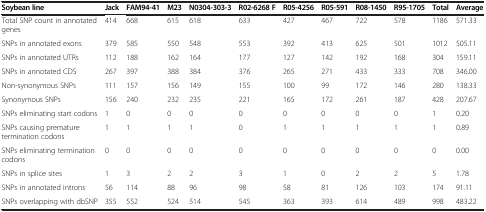
<table><thead><tr><td><b>Soybean line</b></td><td><b>Jack</b></td><td><b>FAM94-41</b></td><td><b>M23</b></td><td><b>N0304-303-3</b></td><td><b>R02-6268 F</b></td><td><b>R05-4256</b></td><td><b>R05-591</b></td><td><b>R08-1450</b></td><td><b>R95-1705</b></td><td><b>Total</b></td><td><b>Average</b></td></tr></thead><tbody><tr><td>Total SNP count in annotated genes</td><td>414</td><td>668</td><td>615</td><td>618</td><td>633</td><td>427</td><td>467</td><td>722</td><td>578</td><td>1186</td><td>571.33</td></tr><tr><td>SNPs in annotated exons</td><td>379</td><td>585</td><td>550</td><td>548</td><td>553</td><td>392</td><td>413</td><td>625</td><td>501</td><td>1012</td><td>505.11</td></tr><tr><td>SNPs in annotated UTRs</td><td>112</td><td>188</td><td>162</td><td>164</td><td>177</td><td>127</td><td>142</td><td>192</td><td>168</td><td>304</td><td>159.11</td></tr><tr><td>SNPs in annotated CDS</td><td>267</td><td>397</td><td>388</td><td>384</td><td>376</td><td>265</td><td>271</td><td>433</td><td>333</td><td>708</td><td>346.00</td></tr><tr><td>Non-synonymous SNPs</td><td>111</td><td>157</td><td>156</td><td>149</td><td>155</td><td>100</td><td>99</td><td>172</td><td>146</td><td>280</td><td>138.33</td></tr><tr><td>Synonymous SNPs</td><td>156</td><td>240</td><td>232</td><td>235</td><td>221</td><td>165</td><td>172</td><td>261</td><td>187</td><td>428</td><td>207.67</td></tr><tr><td>SNPs eliminating start codons</td><td>1</td><td>0</td><td>0</td><td>0</td><td>0</td><td>0</td><td>0</td><td>0</td><td>0</td><td>1</td><td>0.20</td></tr><tr><td>SNPs causing premature termination codons</td><td>1</td><td>1</td><td>1</td><td>1</td><td>0</td><td>1</td><td>1</td><td>1</td><td>1</td><td>1</td><td>0.89</td></tr><tr><td>SNPs eliminating termination codons</td><td>0</td><td>0</td><td>0</td><td>0</td><td>0</td><td>0</td><td>0</td><td>0</td><td>0</td><td>0</td><td>0.00</td></tr><tr><td>SNPs in splice sites</td><td>1</td><td>3</td><td>2</td><td>2</td><td>3</td><td>1</td><td>0</td><td>2</td><td>2</td><td>5</td><td>1.78</td></tr><tr><td>SNPs in annotated introns</td><td>56</td><td>114</td><td>88</td><td>96</td><td>98</td><td>58</td><td>81</td><td>126</td><td>103</td><td>174</td><td>91.11</td></tr><tr><td>SNPs overlapping with dbSNP</td><td>355</td><td>552</td><td>524</td><td>514</td><td>545</td><td>363</td><td>393</td><td>614</td><td>489</td><td>998</td><td>483.22</td></tr></tbody></table>